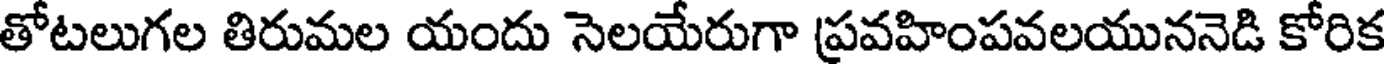
తోటలుగల తిరుమల యందు సెలయేరుగా ప్రవహింపవలయుననెడి కోరిక